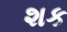
શક